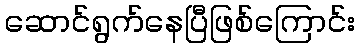
ဆောင်ရွက်နေပြီဖြစ်ကြောင်း